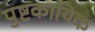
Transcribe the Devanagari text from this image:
पुष्टकायिक